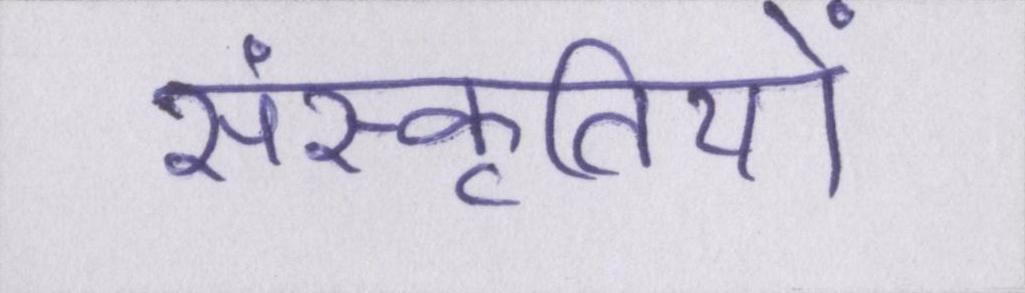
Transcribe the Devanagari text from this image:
संस्कृतियों